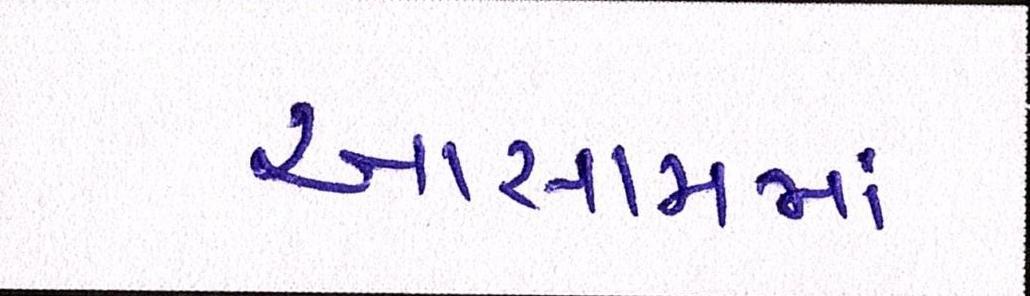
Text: આસામમાં